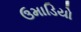
ઉમાડિયો